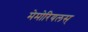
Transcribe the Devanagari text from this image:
मेमोरियलस्